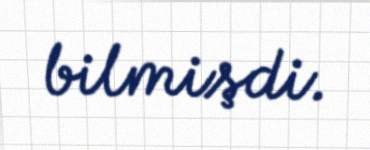
bilmişdi.